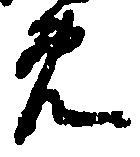
免